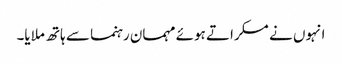
انہوں نے مسکراتے ہوئے مہمان رہنما سے ہاتھ ملایا۔